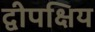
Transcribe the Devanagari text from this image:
द्वीपक्षिय